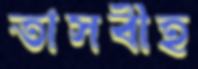
তাসবীহ